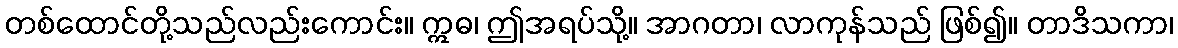
တစ်ထောင်တို့သည်လည်းကောင်း။ ဣဓ၊ ဤအရပ်သို့။ အာဂတာ၊ လာကုန်သည် ဖြစ်၍။ တာဒိသကာ၊